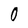
Character: O